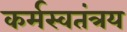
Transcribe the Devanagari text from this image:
कर्मस्वतंत्रय